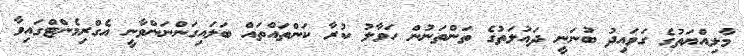
މާލިއްޔަތުގެ ގަވައިދު ބުނަނީ ދައުލަތުގެ ތަންތަނުން ހަވާލު ކުރާ ކަންތައްތައް ބަލައިގަންނަންވާނީ އެގްރިމެންޓްގައިވާ